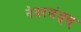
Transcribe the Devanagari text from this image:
नेदरलंड्स्